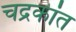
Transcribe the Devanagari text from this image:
चद्रकांत